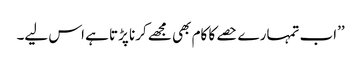
’’اب تمہارے حصے کا کام بھی مجھے کرنا پڑتا ہے اس لیے۔